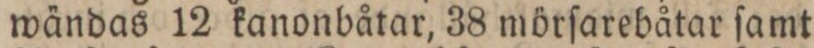
wändas 12 kanonbåtar, 38 mörſarebåtar ſamt